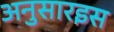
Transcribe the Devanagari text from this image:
अनुसारइस